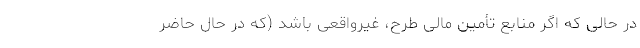
در حالی که اگر منابع تأمین مالی طرح، غیرواقعی باشد (که در حال حاضر